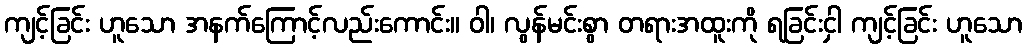
ကျင့်ခြင်း ဟူသော အနက်ကြောင့်လည်းကောင်း။ ဝါ၊ လွန်မင်းစွာ တရားအထူးကို ရခြင်းငှါ ကျင့်ခြင်း ဟူသော